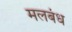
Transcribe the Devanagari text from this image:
मलबंध